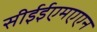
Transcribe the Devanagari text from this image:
सीईईएमएएन